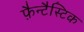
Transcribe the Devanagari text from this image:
फ़ैन्टैस्टिक